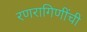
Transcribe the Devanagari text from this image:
रणरागिणींची